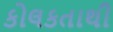
કોલકતાથી